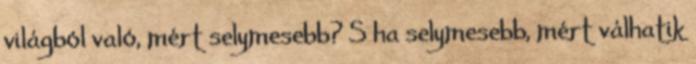
világból való, mért selymesebb? S ha selymesebb, mért válhatik